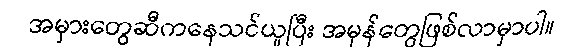
အမှားတွေဆီကနေသင်ယူပြီး အမှန်တွေဖြစ်လာမှာပါ။